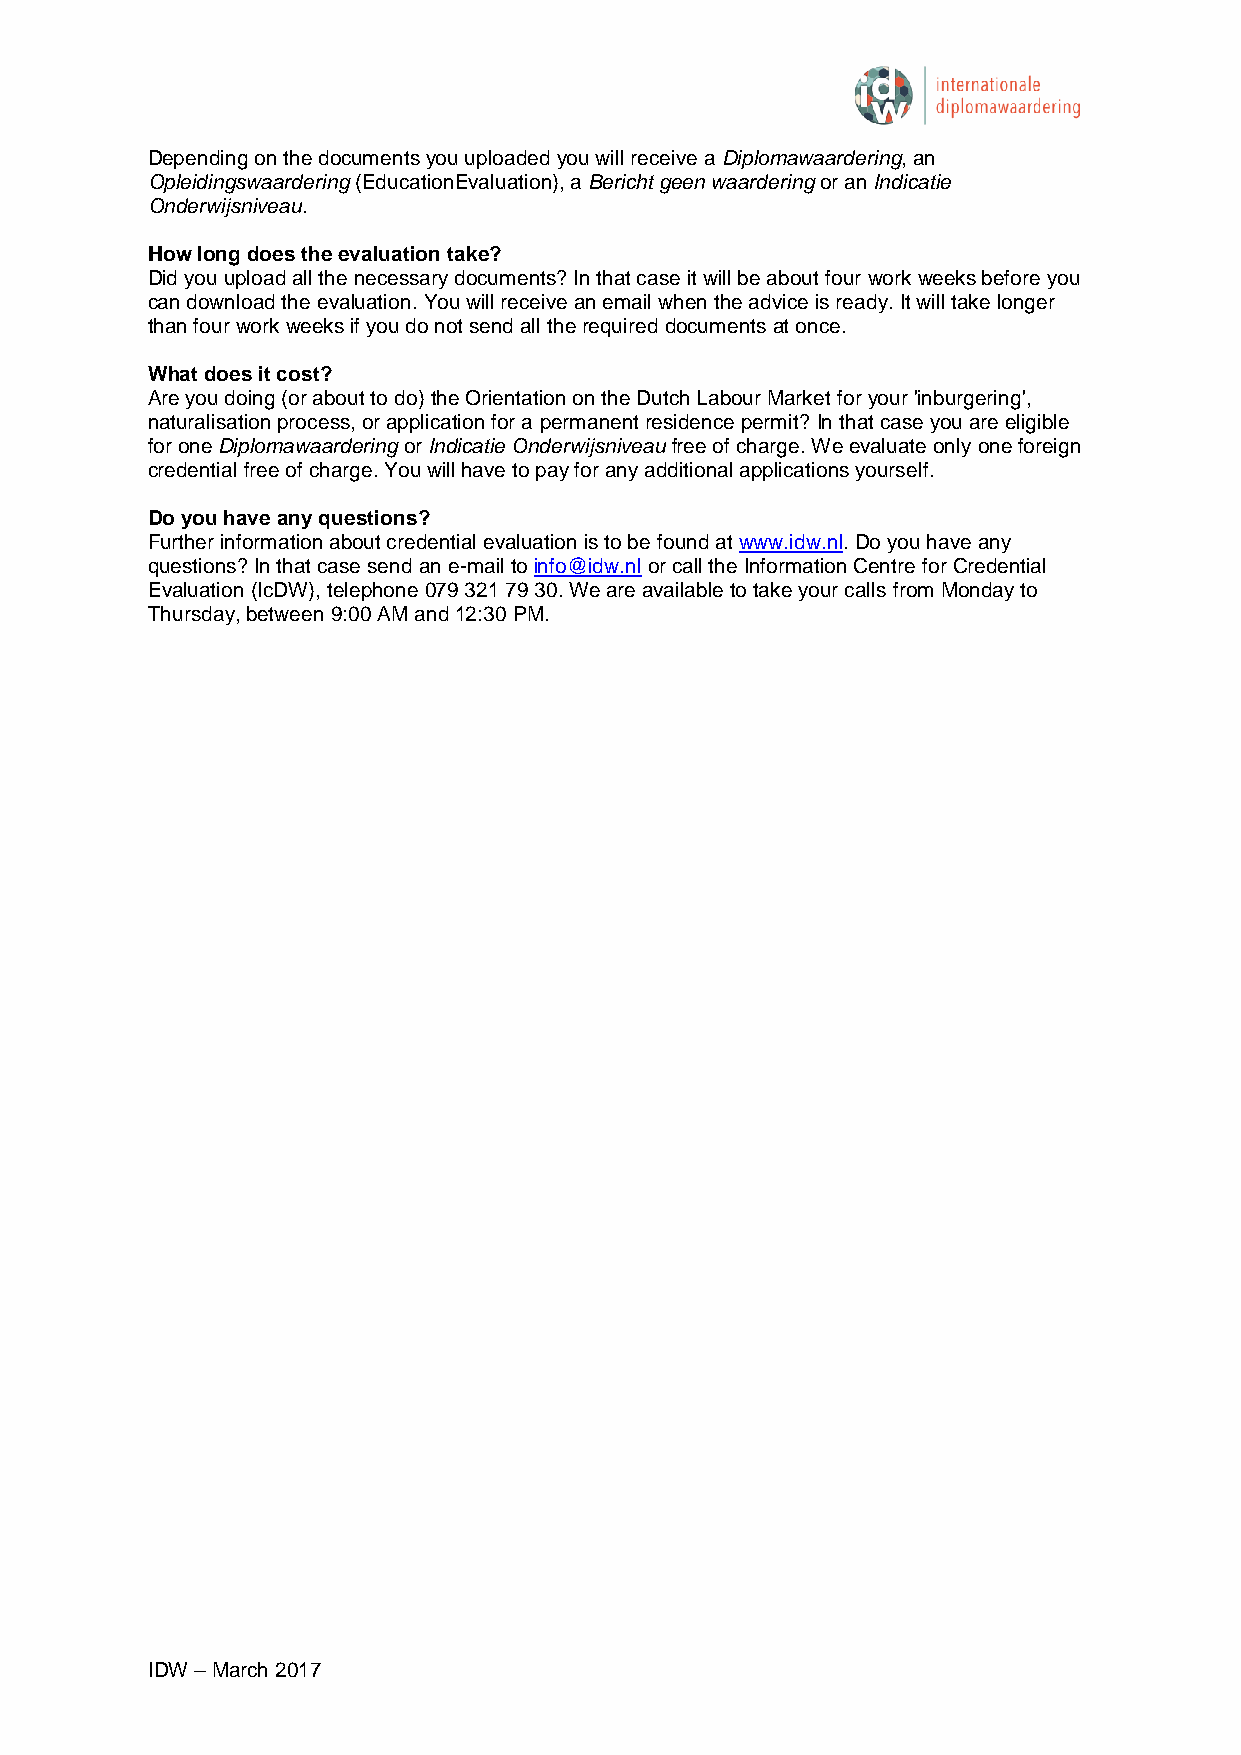
Depending on the documents you uploaded you will receive a Diplomawaardering, an
 Opleidingswaardering (EducationEvaluation), a Bericht geen waardering or an Indicatie
 Onderwijsniveau.
 How long does the evaluation take?
 Did you upload all the necessary documents? In that case it will be about four work weeks before you
 can download the evaluation. You will receive an email when the advice is ready. It will take longer
 than four work weeks if you do not send all the required documents at once.
 What does it cost?
 Are you doing (or about to do) the Orientation on the Dutch Labour Market for your 'inburgering',
 naturalisation process, or application for a permanent residence permit? In that case you are eligible
 for one Diplomawaardering or Indicatie Onderwijsniveau free of charge. We evaluate only one foreign
 credential free of charge. You will have to pay for any additional applications yourself.
 Do you have any questions?
 Further information about credential evaluation is to be found at www.idw.nl. Do you have any
 questions? In that case send an e-mail to info@idw.nl or call the Information Centre for Credential
 Evaluation (IcDW), telephone 079 321 79 30. We are available to take your calls from Monday to
 Thursday, between 9:00 AM and 12:30 PM.
 IDW – March 2017